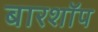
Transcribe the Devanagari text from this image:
बारशॉप